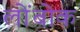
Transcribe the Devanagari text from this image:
लोंबोक